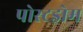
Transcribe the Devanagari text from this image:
पोस्टड्रोम